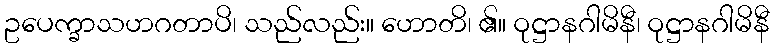
ဥပေက္ခာသဟဂတာပိ၊ သည်လည်း။ ဟောတိ၊ ၏။ ဝုဋ္ဌာနဂါမိနီ၊ ဝုဋ္ဌာနဂါမိနီ